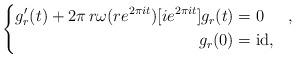
LaTeX: \begin{align*} \left\{ \begin{aligned} g'_r (t) + 2 \pi \, r \omega (r e^{2 \pi i t})[i e^{2 \pi i t}] g_r (t) &= 0 & & ,\\ g_r (0) & = \operatorname{id}, \end{aligned} \right.\end{align*}